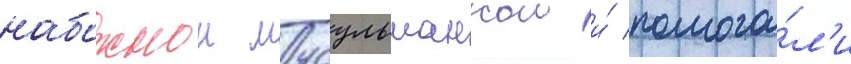
набожнои мусульманкои и́ помога́л'и